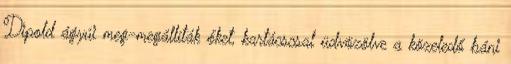
Dipold ágyúi meg-megállíták őket, kartácscsal üdvözölve a közeledő báni